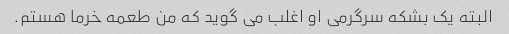
البته یک بشکه سرگرمی او اغلب می گوید که من طعمه خرما هستم.